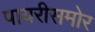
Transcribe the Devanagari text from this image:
पायरीसमोर